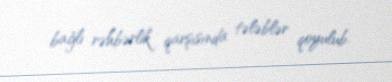
bağlı rəhbərlik qarşısında tələblər qoyulub.